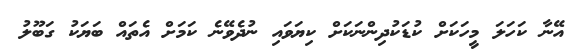
އޭނާ ކަހަލަ މީހަކަށް ކުޑަކުދިންނަކަށް ކިޔަވައި ނުދެވޭނެ ކަމަށް އެތައް ބަޔަކު ގަބޫލު